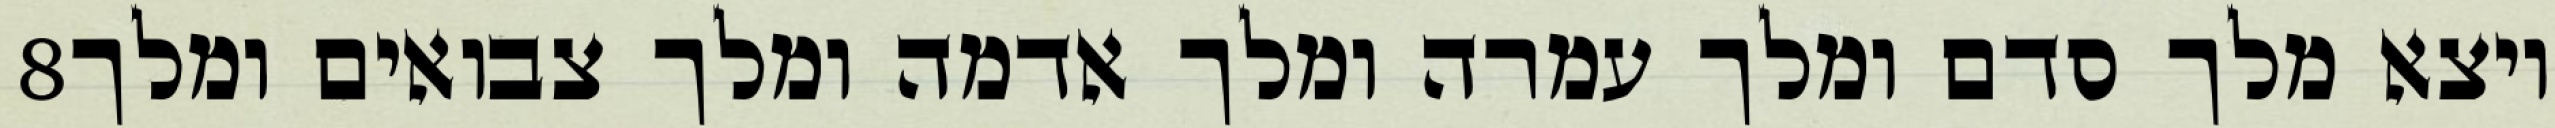
‎8‏ ויצא מלך סדם ומלך עמרה ומלך אדמה ומלך צבואים ומלך